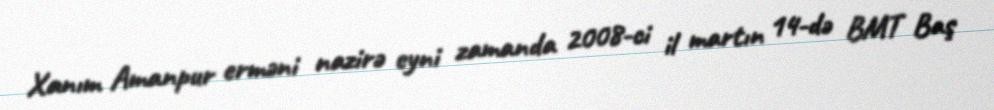
Xanım Amanpur erməni nazirə eyni zamanda 2008-ci il martın 14-də BMT Baş